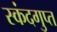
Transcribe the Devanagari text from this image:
स्‍कंदगुप्त